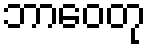
ဘာဝေတု